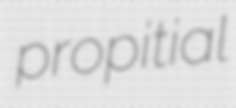
propitial